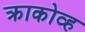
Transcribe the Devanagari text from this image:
क्राकोव्ह